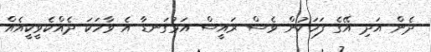
ދެން އަދި އޭގެ ފަހަކުން ވެސް ރައީސް އަޅުގަނޑާ އެ ވާހަކަ ދެއްކެވީކީއެއް